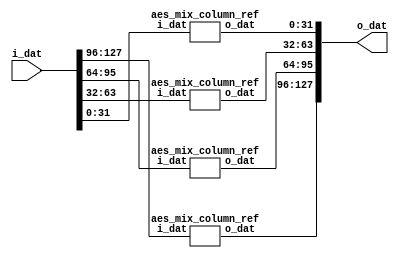

`default_nettype none

module aes_mix_columns_ref(
    input wire [127:0] i_dat,
    output wire [127:0] o_dat
    );
aes_mix_column_ref mix_column0(.i_dat(i_dat[127:96]), .o_dat(o_dat[127:96]));
aes_mix_column_ref mix_column1(.i_dat(i_dat[ 95:64]), .o_dat(o_dat[ 95:64]));
aes_mix_column_ref mix_column2(.i_dat(i_dat[ 63:32]), .o_dat(o_dat[ 63:32]));
aes_mix_column_ref mix_column3(.i_dat(i_dat[ 31: 0]), .o_dat(o_dat[ 31: 0]));
endmodule

module aes_mix_column_ref(
    input wire [31:0] i_dat,
    output reg [31:0] o_dat
    );
    
function [7:0] xtime;
    input [7:0] b; xtime={b[6:0],1'b0}^(8'h1b&{8{b[7]}});
endfunction

wire [7:0] s0 = i_dat[24+:8];
wire [7:0] s1 = i_dat[16+:8];
wire [7:0] s2 = i_dat[ 8+:8];
wire [7:0] s3 = i_dat[ 0+:8];
always @* o_dat[31:24]=xtime(s0)^xtime(s1)^s1^s2^s3;
always @* o_dat[23:16]=s0^xtime(s1)^xtime(s2)^s2^s3;
always @* o_dat[15: 8]=s0^s1^xtime(s2)^xtime(s3)^s3;
always @* o_dat[ 7: 0]=xtime(s0)^s0^s1^s2^xtime(s3);
endmodule

module aes_mix_column_quarter_ref(
    input wire [31:0] i_dat,
    output reg [7:0] o_dat
    );
    
function [7:0] xtime;
    input [7:0] b; xtime={b[6:0],1'b0}^(8'h1b&{8{b[7]}});
endfunction

wire [7:0] s0 = i_dat[24+:8];
wire [7:0] s1 = i_dat[16+:8];
wire [7:0] s2 = i_dat[ 8+:8];
wire [7:0] s3 = i_dat[ 0+:8];
always @* o_dat[ 7: 0]=xtime(s0)^s0^s1^s2^xtime(s3);
endmodule

module aes_inv_mix_columns_ref(
    input wire [127:0] i_dat,
    output wire [127:0] o_dat
    );
aes_inv_mix_column_ref mix_column0(.i_dat(i_dat[127:96]), .o_dat(o_dat[127:96]));
aes_inv_mix_column_ref mix_column1(.i_dat(i_dat[ 95:64]), .o_dat(o_dat[ 95:64]));
aes_inv_mix_column_ref mix_column2(.i_dat(i_dat[ 63:32]), .o_dat(o_dat[ 63:32]));
aes_inv_mix_column_ref mix_column3(.i_dat(i_dat[ 31: 0]), .o_dat(o_dat[ 31: 0]));
endmodule

module aes_inv_mix_column_ref(
    input wire [31:0] i_dat,
    output reg [31:0] o_dat
    );
    
function [7:0] xtime;
    input [7:0] b; xtime={b[6:0],1'b0}^(8'h1b&{8{b[7]}});
endfunction
function [7:0] xtime_4;
    input [7:0] b; xtime_4 = xtime(xtime(b));
endfunction
function [7:0] xtime_8;
    input [7:0] b; xtime_8 = xtime(xtime_4(b));
endfunction
function [7:0] xtime_9;
    input [7:0] b; xtime_9 = xtime_8(b)^b;
endfunction
function [7:0] xtime_b;
    input [7:0] b; xtime_b = xtime_9(b) ^ xtime(b);
endfunction
function [7:0] xtime_d;
    input [7:0] b; xtime_d = xtime_9(b) ^ xtime_4(b);
endfunction
function [7:0] xtime_e;//1110 -> 8+4+2
    input [7:0] b; xtime_e = xtime_8(b) ^ xtime_4(b) ^ xtime(b);
endfunction

wire [7:0] s0 = i_dat[24+:8];
wire [7:0] s1 = i_dat[16+:8];
wire [7:0] s2 = i_dat[ 8+:8];
wire [7:0] s3 = i_dat[ 0+:8];

always @* o_dat[31:24]=xtime_e(s0)^xtime_b(s1)^xtime_d(s2)^xtime_9(s3);
always @* o_dat[23:16]=xtime_9(s0)^xtime_e(s1)^xtime_b(s2)^xtime_d(s3);
always @* o_dat[15: 8]=xtime_d(s0)^xtime_9(s1)^xtime_e(s2)^xtime_b(s3);
always @* o_dat[ 7: 0]=xtime_b(s0)^xtime_d(s1)^xtime_9(s2)^xtime_e(s3);
endmodule

module aes_shift_rows_ref(
    input wire [127:0] i_dat,
    output reg [127:0] o_dat
    );    
always @* o_dat[127:96] = {i_dat[127:120], i_dat[ 87: 80], i_dat[ 47: 40], i_dat[  7: 0]};
always @* o_dat[ 95:64] = {i_dat[ 95: 88], i_dat[ 55: 48], i_dat[ 15:  8], i_dat[103:96]};
always @* o_dat[ 63:32] = {i_dat[ 63: 56], i_dat[ 23: 16], i_dat[111:104], i_dat[ 71:64]};
always @* o_dat[ 31: 0] = {i_dat[ 31: 24], i_dat[119:112], i_dat[ 79: 72], i_dat[ 39:32]};
endmodule

module aes_inv_shift_rows_ref(
    input wire [127:0] i_dat,
    output reg [127:0] o_dat
    );    
always @* o_dat[127:96] = {i_dat[127:120], i_dat[ 23: 16], i_dat[ 47: 40], i_dat[ 71:64]};
always @* o_dat[ 95:64] = {i_dat[ 95: 88], i_dat[119:112], i_dat[ 15:  8], i_dat[ 39:32]};
always @* o_dat[ 63:32] = {i_dat[ 63: 56], i_dat[ 87: 80], i_dat[111:104], i_dat[  7: 0]};
always @* o_dat[ 31: 0] = {i_dat[ 31: 24], i_dat[ 55: 48], i_dat[ 79: 72], i_dat[103:96]};
endmodule

module aes_sub_bytes_ref(
    input wire [127:0] i_dat,
    output wire [127:0] o_dat
    );
genvar i;
generate
for (i=0;i<16;i=i+1) begin : sbox_block
   aes_sbox_canright u_sbox (
      .i_dat(i_dat[i*8+7:i*8]),
      .i_decrypt(1'b0),
      .o_dat(o_dat[i*8+7:i*8])
   );
end
endgenerate
endmodule

module aes_sub_bytes_enc_dec_ref(
    input wire [127:0] i_dat,
    input wire i_decrypt,
    output wire [127:0] o_dat
    );
genvar i;
generate
for (i=0;i<16;i=i+1) begin : sbox_block
   aes_enc_dec_sbox_ref u_sbox (
      .i_dat(i_dat[i*8+7:i*8]),
      .i_decrypt(i_decrypt),
      .o_dat(o_dat[i*8+7:i*8])
   );
end
endgenerate
endmodule

module aes_enc_dec_sbox_ref(
    input wire [7:0] i_dat,
    input wire i_decrypt,
    output reg [7:0] o_dat
    );
wire [7:0] first_matrix_out,first_matrix_in,last_matrix_out_enc,last_matrix_out_dec;
wire [3:0] p,q,p2,q2,sumpq,sump2q2,inv_sump2q2,p_new,q_new,mulpq,q2B;
reg [7:0]  first_matrix_out_L;
reg [3:0]  p_new_L,q_new_L;    

wire ende = i_decrypt;//encryption
wire [7:0] en_dout;//encryption result
wire [7:0] de_dout;//decryption result
// GF(256) to GF(16) transformation
assign first_matrix_in[7:0] = ende ? INV_AFFINE(i_dat[7:0]): i_dat[7:0];
always @* first_matrix_out_L[7:0] = GF256_TO_GF16(first_matrix_in[7:0]);
       
/*****************************************************************************/
// GF16 inverse logic
/*****************************************************************************/
//                     p+q _____ 
//                              \
//  p --> p2 ___                 \
//   \          \                 x --> p_new
//    x -> p*q -- + --> inverse -/
//   /          /                \
//  q --> q2*B-/                  x --> q_new 
//   \___________________________/
//
assign p[3:0] = first_matrix_out_L[3:0];
assign q[3:0] = first_matrix_out_L[7:4];
assign p2[3:0] = SQUARE(p[3:0]);
assign q2[3:0] = SQUARE(q[3:0]);
//p+q
assign sumpq[3:0] = p[3:0] ^ q[3:0];
//p*q
assign mulpq[3:0] = MUL(p[3:0],q[3:0]);
//q2B calculation
assign q2B[0]=q2[1]^q2[2]^q2[3];
assign q2B[1]=q2[0]^q2[1];
assign q2B[2]=q2[0]^q2[1]^q2[2];
assign q2B[3]=q2[0]^q2[1]^q2[2]^q2[3];
//p2+p*q+q2B
assign sump2q2[3:0] = q2B[3:0] ^ mulpq[3:0] ^ p2[3:0];
// inverse p2+pq+q2B
assign inv_sump2q2[3:0] = INVERSE(sump2q2[3:0]);
// results
always @* p_new_L[3:0] = MUL(sumpq[3:0],inv_sump2q2[3:0]);
always @* q_new_L[3:0] = MUL(q[3:0],inv_sump2q2[3:0]);
        
// GF(16) to GF(256) transformation
assign last_matrix_out_dec[7:0] = GF16_TO_GF256(p_new_L[3:0],q_new_L[3:0]);
assign last_matrix_out_enc[7:0] = AFFINE(last_matrix_out_dec[7:0]);
assign en_dout[7:0] = last_matrix_out_enc[7:0];
assign de_dout[7:0] = last_matrix_out_dec[7:0];   

always @* o_dat = i_decrypt ? de_dout : en_dout;    
/*****************************************************************************/
// Functions
/*****************************************************************************/
 
// convert GF(256) to GF(16)
function [7:0] GF256_TO_GF16;
input [7:0] data;
reg a,b,c;
begin
	a = data[1]^data[7];
	b = data[5]^data[7];
	c = data[4]^data[6];
	GF256_TO_GF16[0] = c^data[0]^data[5];
	GF256_TO_GF16[1] = data[1]^data[2];
	GF256_TO_GF16[2] = a;
	GF256_TO_GF16[3] = data[2]^data[4];
	GF256_TO_GF16[4] = c^data[5]; 
	GF256_TO_GF16[5] = a^c;
	GF256_TO_GF16[6] = b^data[2]^data[3];
	GF256_TO_GF16[7] = b;
end
endfunction
 
// squre 
function [3:0] SQUARE;
input [3:0] data;
begin
	SQUARE[0] = data[0]^data[2];
	SQUARE[1] = data[2];
	SQUARE[2] = data[1]^data[3];
	SQUARE[3] = data[3];
end
endfunction
 
// inverse
function [3:0] INVERSE;
input [3:0] data;
reg a;
begin
	a=data[1]^data[2]^data[3]^(data[1]&data[2]&data[3]);
	INVERSE[0]=a^data[0]^(data[0]&data[2])^(data[1]&data[2])^(data[0]&data[1]&data[2]);
	INVERSE[1]=(data[0]&data[1])^(data[0]&data[2])^(data[1]&data[2])^data[3]^
		(data[1]&data[3])^(data[0]&data[1]&data[3]);
	INVERSE[2]=(data[0]&data[1])^data[2]^(data[0]&data[2])^data[3]^
		(data[0]&data[3])^(data[0]&data[2]&data[3]);
	INVERSE[3]=a^(data[0]&data[3])^(data[1]&data[3])^(data[2]&data[3]);
end
endfunction
 
// multiply
function [3:0] MUL;
input [3:0] d1,d2;
reg a,b;
begin
	a=d1[0]^d1[3];
	b=d1[2]^d1[3];
 
	MUL[0]=(d1[0]&d2[0])^(d1[3]&d2[1])^(d1[2]&d2[2])^(d1[1]&d2[3]);
	MUL[1]=(d1[1]&d2[0])^(a&d2[1])^(b&d2[2])^((d1[1]^d1[2])&d2[3]);
	MUL[2]=(d1[2]&d2[0])^(d1[1]&d2[1])^(a&d2[2])^(b&d2[3]);
	MUL[3]=(d1[3]&d2[0])^(d1[2]&d2[1])^(d1[1]&d2[2])^(a&d2[3]);
end
endfunction
 
// GF16 to GF256 transform
function [7:0] GF16_TO_GF256;
input [3:0] p,q;
reg a,b;
begin
	a=p[1]^q[3];
	b=q[0]^q[1];
 
	GF16_TO_GF256[0]=p[0]^q[0];
	GF16_TO_GF256[1]=b^q[3];
	GF16_TO_GF256[2]=a^b;
	GF16_TO_GF256[3]=b^p[1]^q[2];
	GF16_TO_GF256[4]=a^b^p[3];
	GF16_TO_GF256[5]=b^p[2];
	GF16_TO_GF256[6]=a^p[2]^p[3]^q[0];
	GF16_TO_GF256[7]=b^p[2]^q[3];
end
endfunction
 
// affine transformation
function [7:0] AFFINE;
input [7:0] data;
begin
	//affine trasformation
	AFFINE[0]=(!data[0])^data[4]^data[5]^data[6]^data[7];
	AFFINE[1]=(!data[0])^data[1]^data[5]^data[6]^data[7];
	AFFINE[2]=data[0]^data[1]^data[2]^data[6]^data[7];
	AFFINE[3]=data[0]^data[1]^data[2]^data[3]^data[7];
	AFFINE[4]=data[0]^data[1]^data[2]^data[3]^data[4];
	AFFINE[5]=(!data[1])^data[2]^data[3]^data[4]^data[5];
	AFFINE[6]=(!data[2])^data[3]^data[4]^data[5]^data[6];
	AFFINE[7]=data[3]^data[4]^data[5]^data[6]^data[7];
end
endfunction
 
// inverse affine transformation
function [7:0] INV_AFFINE;
input [7:0] data;
reg a,b,c,d;
begin
	a=data[0]^data[5];
	b=data[1]^data[4];
	c=data[2]^data[7];
	d=data[3]^data[6];
	INV_AFFINE[0]=(!data[5])^c;
	INV_AFFINE[1]=data[0]^d;
	INV_AFFINE[2]=(!data[7])^b;
	INV_AFFINE[3]=data[2]^a;
	INV_AFFINE[4]=data[1]^d;
	INV_AFFINE[5]=data[4]^c;
	INV_AFFINE[6]=data[3]^a;
	INV_AFFINE[7]=data[6]^b;
end
endfunction
endmodule    
`default_nettype wire 

`default_nettype wire
/* S-box using all normal bases */
/* case # 4 : [d^16, d], [alpha^8, alpha^2], [Omega^2, Omega] */
/* beta^8 = N^2*alpha^2, N = w^2 */
/* optimized using OR gates and NAND gates */
/* square in GF(2^2), using normal basis [Omega^2,Omega] */
/* inverse is the same as square in GF(2^2), using any normal basis */
module GF_SQ_2 ( A, Q );
input [1:0] A;
output [1:0] Q;
assign Q = { A[0], A[1] };
endmodule
/* scale by w = Omega in GF(2^2), using normal basis [Omega^2,Omega] */
module GF_SCLW_2 ( A, Q );
input [1:0] A;
output [1:0] Q;
assign Q = { (A[1] ^ A[0]), A[1] };
endmodule
/* scale by w^2 = Omega^2 in GF(2^2), using normal basis [Omega^2,Omega] */
module GF_SCLW2_2 ( A, Q );
input [1:0] A;
output [1:0] Q;
assign Q = { A[0], (A[1] ^ A[0]) };
endmodule
/* multiply in GF(2^2), shared factors, using normal basis [Omega^2,Omega] */
module GF_MULS_2 ( A, ab, B, cd, Q );
input [1:0] A;
input ab;
input [1:0] B;
input cd;
output [1:0] Q;
wire abcd, p, q;
assign abcd = ~(ab & cd); /* note: ~& syntax for NAND won?t compile */
assign p = (~(A[1] & B[1])) ^ abcd;
assign q = (~(A[0] & B[0])) ^ abcd;
assign Q = { p, q };
endmodule
/* multiply & scale by N in GF(2^2), shared factors, basis [Omega^2,Omega] */
module GF_MULS_SCL_2 ( A, ab, B, cd, Q );
input [1:0] A;
input ab;
input [1:0] B;
input cd;
output [1:0] Q;
wire t, p, q;
assign t = ~(A[0] & B[0]); /* note: ~& syntax for NAND won?t compile */
assign p = (~(ab & cd)) ^ t;
assign q = (~(A[1] & B[1])) ^ t;
assign Q = { p, q };
endmodule
/* inverse in GF(2^4)/GF(2^2), using normal basis [alpha^8, alpha^2] */
module GF_INV_4 ( A, Q );
input [3:0] A;
output [3:0] Q;
wire [1:0] a, b, c, d, p, q;
wire sa, sb, sd; /* for shared factors in multipliers */
assign a = A[3:2];
assign b = A[1:0];
assign sa = a[1] ^ a[0];
assign sb = b[1] ^ b[0];
/* optimize this section as shown below
GF_MULS_2 abmul(a, sa, b, sb, ab);
GF_SQ_2 absq( (a ^ b), ab2);
GF_SCLW2_2 absclN( ab2, ab2N);
GF_SQ_2 dinv( (ab ^ ab2N), d);
*/
assign c = { /* note: ~| syntax for NOR won?t compile */
~(a[1] | b[1]) ^ (~(sa & sb)) ,
~(sa | sb) ^ (~(a[0] & b[0])) };
GF_SQ_2 dinv( c, d);
/* end of optimization */
assign sd = d[1] ^ d[0];
GF_MULS_2 pmul(d, sd, b, sb, p);
GF_MULS_2 qmul(d, sd, a, sa, q);
assign Q = { p, q };
endmodule
/* square & scale by nu in GF(2^4)/GF(2^2), normal basis [alpha^8, alpha^2] */
/* nu = beta^8 = N^2*alpha^2, N = w^2 */
module GF_SQ_SCL_4 ( A, Q );
input [3:0] A;
output [3:0] Q;
wire [1:0] a, b, ab2, b2, b2N2;
assign a = A[3:2];
assign b = A[1:0];
GF_SQ_2 absq(a ^ b,ab2);
GF_SQ_2 bsq(b,b2);
GF_SCLW_2 bmulN2(b2,b2N2);
assign Q = { ab2, b2N2 };
endmodule
/* multiply in GF(2^4)/GF(2^2), shared factors, basis [alpha^8, alpha^2] */
module GF_MULS_4 ( A, a, Al, Ah, aa, B, b, Bl, Bh, bb, Q );
input [3:0] A;
input [1:0] a;
input Al;
input Ah;
input aa;
input [3:0] B;
input [1:0] b;
input Bl;
input Bh;
input bb;
output [3:0] Q;
wire [1:0] ph, pl, ps, p;
wire t;
GF_MULS_2 himul(A[3:2], Ah, B[3:2], Bh, ph);
GF_MULS_2 lomul(A[1:0], Al, B[1:0], Bl, pl);
GF_MULS_SCL_2 summul( a, aa, b, bb, p);
assign Q = { (ph ^ p), (pl ^ p) };
endmodule
/* inverse in GF(2^8)/GF(2^4), using normal basis [d^16, d] */
module GF_INV_8 ( A, Q );
input [7:0] A;
output [7:0] Q;
wire [3:0] a, b, c, d, p, q;
wire [1:0] sa, sb, sd, t; /* for shared factors in multipliers */
wire al, ah, aa, bl, bh, bb, dl, dh, dd; /* for shared factors */
wire c1, c2, c3; /* for temp var */
assign a = A[7:4];
assign b = A[3:0];
assign sa = a[3:2] ^ a[1:0];
assign sb = b[3:2] ^ b[1:0];
assign al = a[1] ^ a[0];
assign ah = a[3] ^ a[2];
assign aa = sa[1] ^ sa[0];
assign bl = b[1] ^ b[0];
assign bh = b[3] ^ b[2];
assign bb = sb[1] ^ sb[0];
/* optimize this section as shown below
GF_MULS_4 abmul(a, sa, al, ah, aa, b, sb, bl, bh, bb, ab);
GF_SQ_SCL_4 absq( (a ^ b), ab2);
GF_INV_4 dinv( (ab ^ ab2), d);
*/
assign c1 = ~(ah & bh);
assign c2 = ~(sa[0] & sb[0]);
assign c3 = ~(aa & bb);
assign c = { /* note: ~| syntax for NOR won?t compile */
(~(sa[0] | sb[0]) ^ (~(a[3] & b[3]))) ^ c1 ^ c3 ,
(~(sa[1] | sb[1]) ^ (~(a[2] & b[2]))) ^ c1 ^ c2 ,
(~(al | bl) ^ (~(a[1] & b[1]))) ^ c2 ^ c3 ,
(~(a[0] | b[0]) ^ (~(al & bl))) ^ (~(sa[1] & sb[1])) ^ c2 };
GF_INV_4 dinv( c, d);
/* end of optimization */
assign sd = d[3:2] ^ d[1:0];
assign dl = d[1] ^ d[0];
assign dh = d[3] ^ d[2];
assign dd = sd[1] ^ sd[0];
GF_MULS_4 pmul(d, sd, dl, dh, dd, b, sb, bl, bh, bb, p);
GF_MULS_4 qmul(d, sd, dl, dh, dd, a, sa, al, ah, aa, q);
assign Q = { p, q };
endmodule
/* inverse in GF(2^8)/GF(2^4), using normal basis [d^16, d] */
module GF_INV_8_l1 (
	input wire i_clk, 
	input wire [7:0] A,
	output wire [7:0] Q
	);
wire [3:0] a, b, c, d;
wire [1:0] sa, sb; /* for shared factors in multipliers */
wire al, ah, aa, bl, bh, bb; /* for shared factors */
wire c1, c2, c3; /* for temp var */
assign a = A[7:4];
assign b = A[3:0];
assign sa = a[3:2] ^ a[1:0];
assign sb = b[3:2] ^ b[1:0];
assign al = a[1] ^ a[0];
assign ah = a[3] ^ a[2];
assign aa = sa[1] ^ sa[0];
assign bl = b[1] ^ b[0];
assign bh = b[3] ^ b[2];
assign bb = sb[1] ^ sb[0];
/* optimize this section as shown below
GF_MULS_4 abmul(a, sa, al, ah, aa, b, sb, bl, bh, bb, ab);
GF_SQ_SCL_4 absq( (a ^ b), ab2);
GF_INV_4 dinv( (ab ^ ab2), d);
*/
assign c1 = ~(ah & bh);
assign c2 = ~(sa[0] & sb[0]);
assign c3 = ~(aa & bb);
assign c = { /* note: ~| syntax for NOR won?t compile */
(~(sa[0] | sb[0]) ^ (~(a[3] & b[3]))) ^ c1 ^ c3 ,
(~(sa[1] | sb[1]) ^ (~(a[2] & b[2]))) ^ c1 ^ c2 ,
(~(al | bl) ^ (~(a[1] & b[1]))) ^ c2 ^ c3 ,
(~(a[0] | b[0]) ^ (~(al & bl))) ^ (~(sa[1] & sb[1])) ^ c2 };
GF_INV_4 dinv( c, d);
reg [3:0] a_l1, b_l1, d_l1;
reg [1:0] sa_l1, sb_l1;
reg al_l1,ah_l1, aa_l1, bl_l1, bh_l1, bb_l1;
always @(posedge i_clk) {a_l1, b_l1, d_l1, sa_l1, sb_l1, al_l1,ah_l1, aa_l1, bl_l1, bh_l1, bb_l1} <= {a, b, d, sa, sb, al,ah, aa, bl, bh, bb};
/* end of optimization */
wire [1:0] sd_l1 = d_l1[3:2] ^ d_l1[1:0];
assign dl_l1 = d_l1[1] ^ d_l1[0];
assign dh_l1 = d_l1[3] ^ d_l1[2];
assign dd_l1 = sd_l1[1] ^ sd_l1[0];
wire [3:0] p_l1,q_l1;
GF_MULS_4 pmul(d_l1, sd_l1, dl_l1, dh_l1, dd_l1, b_l1, sb_l1, bl_l1, bh_l1, bb_l1, p_l1);
GF_MULS_4 qmul(d_l1, sd_l1, dl_l1, dh_l1, dd_l1, a_l1, sa_l1, al_l1, ah_l1, aa_l1, q_l1);
assign Q = { p_l1, q_l1 };
endmodule
/* MUX21I is an inverting 2:1 multiplexor */
module MUX21I ( A, B, s, Q );
input A;
input B;
input s;
output Q;
assign Q = ~ ( s ? A : B ); /* mock-up for FPGA implementation */
endmodule
/* select and invert (NOT) byte, using MUX21I */
module SELECT_NOT_8 ( A, B, s, Q );
input [7:0] A;
input [7:0] B;
input s;
output [7:0] Q;
MUX21I m7(A[7],B[7],s,Q[7]);
MUX21I m6(A[6],B[6],s,Q[6]);
MUX21I m5(A[5],B[5],s,Q[5]);
MUX21I m4(A[4],B[4],s,Q[4]);
MUX21I m3(A[3],B[3],s,Q[3]);
MUX21I m2(A[2],B[2],s,Q[2]);
MUX21I m1(A[1],B[1],s,Q[1]);
MUX21I m0(A[0],B[0],s,Q[0]);
endmodule
/* find either Sbox or its inverse in GF(2^8), by Canright Algorithm */
module aes_sbox_canright (
    input wire [7:0] i_dat,
    input wire i_decrypt,
    output wire [7:0] o_dat
    );
wire [7:0] A = i_dat;
wire encrypt = ~i_decrypt; /* 1 for Sbox, 0 for inverse Sbox */
wire [7:0] Q;
assign o_dat = Q;
wire [7:0] B, C, D, X, Y, Z;
wire R1, R2, R3, R4, R5, R6, R7, R8, R9;
wire T1, T2, T3, T4, T5, T6, T7, T8, T9, T10;
/* change basis from GF(2^8) to GF(2^8)/GF(2^4)/GF(2^2) */
/* combine with bit inverse matrix multiply of Sbox */
assign R1 = A[7] ^ A[5] ;
assign R2 = A[7] ~^ A[4] ;
assign R3 = A[6] ^ A[0] ;
assign R4 = A[5] ~^ R3 ;
assign R5 = A[4] ^ R4 ;
assign R6 = A[3] ^ A[0] ;
assign R7 = A[2] ^ R1 ;
assign R8 = A[1] ^ R3 ;
assign R9 = A[3] ^ R8 ;
assign B[7] = R7 ~^ R8 ;
assign B[6] = R5 ;
assign B[5] = A[1] ^ R4 ;
assign B[4] = R1 ~^ R3 ;
assign B[3] = A[1] ^ R2 ^ R6 ;
assign B[2] = ~ A[0] ;
assign B[1] = R4 ;
assign B[0] = A[2] ~^ R9 ;
assign Y[7] = R2 ;
assign Y[6] = A[4] ^ R8 ;
assign Y[5] = A[6] ^ A[4] ;
assign Y[4] = R9 ;
assign Y[3] = A[6] ~^ R2 ;
assign Y[2] = R7 ;
assign Y[1] = A[4] ^ R6 ;
assign Y[0] = A[1] ^ R5 ;
SELECT_NOT_8 sel_in( B, Y, encrypt, Z );
GF_INV_8 inv( Z, C );
/* change basis back from GF(2^8)/GF(2^4)/GF(2^2) to GF(2^8) */
assign T1 = C[7] ^ C[3] ;
assign T2 = C[6] ^ C[4] ;
assign T3 = C[6] ^ C[0] ;
assign T4 = C[5] ~^ C[3] ;
assign T5 = C[5] ~^ T1 ;
assign T6 = C[5] ~^ C[1] ;
assign T7 = C[4] ~^ T6 ;
assign T8 = C[2] ^ T4 ;
assign T9 = C[1] ^ T2 ;
assign T10 = T3 ^ T5 ;
assign D[7] = T4 ;
assign D[6] = T1 ;
assign D[5] = T3 ;
assign D[4] = T5 ;
assign D[3] = T2 ^ T5 ;
assign D[2] = T3 ^ T8 ;
assign D[1] = T7 ;
assign D[0] = T9 ;
assign X[7] = C[4] ~^ C[1] ;
assign X[6] = C[1] ^ T10 ;
assign X[5] = C[2] ^ T10 ;
assign X[4] = C[6] ~^ C[1] ;
assign X[3] = T8 ^ T9 ;
assign X[2] = C[7] ~^ T7 ;
assign X[1] = T6 ;
assign X[0] = ~ C[2] ;
SELECT_NOT_8 sel_out( D, X, encrypt, Q );
endmodule

module aes_sbox_canright_l1 (
	input wire i_clk,
	input wire i_valid,
    input wire [7:0] i_dat,
    input wire i_decrypt,
    output wire [7:0] o_dat,
	output reg o_valid
    );
wire [7:0] A = i_dat;
wire encrypt = ~i_decrypt; /* 1 for Sbox, 0 for inverse Sbox */
wire [7:0] Q;
assign o_dat = Q;
wire [7:0] B, C, D, X, Y, Z;
wire R1, R2, R3, R4, R5, R6, R7, R8, R9;
wire T1, T2, T3, T4, T5, T6, T7, T8, T9, T10;
/* change basis from GF(2^8) to GF(2^8)/GF(2^4)/GF(2^2) */
/* combine with bit inverse matrix multiply of Sbox */
assign R1 = A[7] ^ A[5] ;
assign R2 = A[7] ~^ A[4] ;
assign R3 = A[6] ^ A[0] ;
assign R4 = A[5] ~^ R3 ;
assign R5 = A[4] ^ R4 ;
assign R6 = A[3] ^ A[0] ;
assign R7 = A[2] ^ R1 ;
assign R8 = A[1] ^ R3 ;
assign R9 = A[3] ^ R8 ;
assign B[7] = R7 ~^ R8 ;
assign B[6] = R5 ;
assign B[5] = A[1] ^ R4 ;
assign B[4] = R1 ~^ R3 ;
assign B[3] = A[1] ^ R2 ^ R6 ;
assign B[2] = ~ A[0] ;
assign B[1] = R4 ;
assign B[0] = A[2] ~^ R9 ;
assign Y[7] = R2 ;
assign Y[6] = A[4] ^ R8 ;
assign Y[5] = A[6] ^ A[4] ;
assign Y[4] = R9 ;
assign Y[3] = A[6] ~^ R2 ;
assign Y[2] = R7 ;
assign Y[1] = A[4] ^ R6 ;
assign Y[0] = A[1] ^ R5 ;
SELECT_NOT_8 sel_in( B, Y, encrypt, Z );
always @(posedge i_clk) o_valid <= i_valid;
reg encrypt_l1;
always @(posedge i_clk) encrypt_l1 <= encrypt;
//reg [7:0] Z_l1;
//always @(posedge i_clk) Z_l1 <= Z;
//GF_INV_8 inv( Z_l1, C );
GF_INV_8_l1 inv( i_clk, Z, C );
/* change basis back from GF(2^8)/GF(2^4)/GF(2^2) to GF(2^8) */
assign T1 = C[7] ^ C[3] ;
assign T2 = C[6] ^ C[4] ;
assign T3 = C[6] ^ C[0] ;
assign T4 = C[5] ~^ C[3] ;
assign T5 = C[5] ~^ T1 ;
assign T6 = C[5] ~^ C[1] ;
assign T7 = C[4] ~^ T6 ;
assign T8 = C[2] ^ T4 ;
assign T9 = C[1] ^ T2 ;
assign T10 = T3 ^ T5 ;
assign D[7] = T4 ;
assign D[6] = T1 ;
assign D[5] = T3 ;
assign D[4] = T5 ;
assign D[3] = T2 ^ T5 ;
assign D[2] = T3 ^ T8 ;
assign D[1] = T7 ;
assign D[0] = T9 ;
assign X[7] = C[4] ~^ C[1] ;
assign X[6] = C[1] ^ T10 ;
assign X[5] = C[2] ^ T10 ;
assign X[4] = C[6] ~^ C[1] ;
assign X[3] = T8 ^ T9 ;
assign X[2] = C[7] ~^ T7 ;
assign X[1] = T6 ;
assign X[0] = ~ C[2] ;
SELECT_NOT_8 sel_out( D, X, encrypt_l1, Q );
endmodule

module aes_sbox_lut(
input	wire [7:0]	i_dat,
output	reg [7:0]	o_dat
);
always @(i_dat)
	case(i_dat)		// synopsys full_case parallel_case
	   8'h00: o_dat=8'h63;
	   8'h01: o_dat=8'h7c;
	   8'h02: o_dat=8'h77;
	   8'h03: o_dat=8'h7b;
	   8'h04: o_dat=8'hf2;
	   8'h05: o_dat=8'h6b;
	   8'h06: o_dat=8'h6f;
	   8'h07: o_dat=8'hc5;
	   8'h08: o_dat=8'h30;
	   8'h09: o_dat=8'h01;
	   8'h0a: o_dat=8'h67;
	   8'h0b: o_dat=8'h2b;
	   8'h0c: o_dat=8'hfe;
	   8'h0d: o_dat=8'hd7;
	   8'h0e: o_dat=8'hab;
	   8'h0f: o_dat=8'h76;
	   8'h10: o_dat=8'hca;
	   8'h11: o_dat=8'h82;
	   8'h12: o_dat=8'hc9;
	   8'h13: o_dat=8'h7d;
	   8'h14: o_dat=8'hfa;
	   8'h15: o_dat=8'h59;
	   8'h16: o_dat=8'h47;
	   8'h17: o_dat=8'hf0;
	   8'h18: o_dat=8'had;
	   8'h19: o_dat=8'hd4;
	   8'h1a: o_dat=8'ha2;
	   8'h1b: o_dat=8'haf;
	   8'h1c: o_dat=8'h9c;
	   8'h1d: o_dat=8'ha4;
	   8'h1e: o_dat=8'h72;
	   8'h1f: o_dat=8'hc0;
	   8'h20: o_dat=8'hb7;
	   8'h21: o_dat=8'hfd;
	   8'h22: o_dat=8'h93;
	   8'h23: o_dat=8'h26;
	   8'h24: o_dat=8'h36;
	   8'h25: o_dat=8'h3f;
	   8'h26: o_dat=8'hf7;
	   8'h27: o_dat=8'hcc;
	   8'h28: o_dat=8'h34;
	   8'h29: o_dat=8'ha5;
	   8'h2a: o_dat=8'he5;
	   8'h2b: o_dat=8'hf1;
	   8'h2c: o_dat=8'h71;
	   8'h2d: o_dat=8'hd8;
	   8'h2e: o_dat=8'h31;
	   8'h2f: o_dat=8'h15;
	   8'h30: o_dat=8'h04;
	   8'h31: o_dat=8'hc7;
	   8'h32: o_dat=8'h23;
	   8'h33: o_dat=8'hc3;
	   8'h34: o_dat=8'h18;
	   8'h35: o_dat=8'h96;
	   8'h36: o_dat=8'h05;
	   8'h37: o_dat=8'h9a;
	   8'h38: o_dat=8'h07;
	   8'h39: o_dat=8'h12;
	   8'h3a: o_dat=8'h80;
	   8'h3b: o_dat=8'he2;
	   8'h3c: o_dat=8'heb;
	   8'h3d: o_dat=8'h27;
	   8'h3e: o_dat=8'hb2;
	   8'h3f: o_dat=8'h75;
	   8'h40: o_dat=8'h09;
	   8'h41: o_dat=8'h83;
	   8'h42: o_dat=8'h2c;
	   8'h43: o_dat=8'h1a;
	   8'h44: o_dat=8'h1b;
	   8'h45: o_dat=8'h6e;
	   8'h46: o_dat=8'h5a;
	   8'h47: o_dat=8'ha0;
	   8'h48: o_dat=8'h52;
	   8'h49: o_dat=8'h3b;
	   8'h4a: o_dat=8'hd6;
	   8'h4b: o_dat=8'hb3;
	   8'h4c: o_dat=8'h29;
	   8'h4d: o_dat=8'he3;
	   8'h4e: o_dat=8'h2f;
	   8'h4f: o_dat=8'h84;
	   8'h50: o_dat=8'h53;
	   8'h51: o_dat=8'hd1;
	   8'h52: o_dat=8'h00;
	   8'h53: o_dat=8'hed;
	   8'h54: o_dat=8'h20;
	   8'h55: o_dat=8'hfc;
	   8'h56: o_dat=8'hb1;
	   8'h57: o_dat=8'h5b;
	   8'h58: o_dat=8'h6a;
	   8'h59: o_dat=8'hcb;
	   8'h5a: o_dat=8'hbe;
	   8'h5b: o_dat=8'h39;
	   8'h5c: o_dat=8'h4a;
	   8'h5d: o_dat=8'h4c;
	   8'h5e: o_dat=8'h58;
	   8'h5f: o_dat=8'hcf;
	   8'h60: o_dat=8'hd0;
	   8'h61: o_dat=8'hef;
	   8'h62: o_dat=8'haa;
	   8'h63: o_dat=8'hfb;
	   8'h64: o_dat=8'h43;
	   8'h65: o_dat=8'h4d;
	   8'h66: o_dat=8'h33;
	   8'h67: o_dat=8'h85;
	   8'h68: o_dat=8'h45;
	   8'h69: o_dat=8'hf9;
	   8'h6a: o_dat=8'h02;
	   8'h6b: o_dat=8'h7f;
	   8'h6c: o_dat=8'h50;
	   8'h6d: o_dat=8'h3c;
	   8'h6e: o_dat=8'h9f;
	   8'h6f: o_dat=8'ha8;
	   8'h70: o_dat=8'h51;
	   8'h71: o_dat=8'ha3;
	   8'h72: o_dat=8'h40;
	   8'h73: o_dat=8'h8f;
	   8'h74: o_dat=8'h92;
	   8'h75: o_dat=8'h9d;
	   8'h76: o_dat=8'h38;
	   8'h77: o_dat=8'hf5;
	   8'h78: o_dat=8'hbc;
	   8'h79: o_dat=8'hb6;
	   8'h7a: o_dat=8'hda;
	   8'h7b: o_dat=8'h21;
	   8'h7c: o_dat=8'h10;
	   8'h7d: o_dat=8'hff;
	   8'h7e: o_dat=8'hf3;
	   8'h7f: o_dat=8'hd2;
	   8'h80: o_dat=8'hcd;
	   8'h81: o_dat=8'h0c;
	   8'h82: o_dat=8'h13;
	   8'h83: o_dat=8'hec;
	   8'h84: o_dat=8'h5f;
	   8'h85: o_dat=8'h97;
	   8'h86: o_dat=8'h44;
	   8'h87: o_dat=8'h17;
	   8'h88: o_dat=8'hc4;
	   8'h89: o_dat=8'ha7;
	   8'h8a: o_dat=8'h7e;
	   8'h8b: o_dat=8'h3d;
	   8'h8c: o_dat=8'h64;
	   8'h8d: o_dat=8'h5d;
	   8'h8e: o_dat=8'h19;
	   8'h8f: o_dat=8'h73;
	   8'h90: o_dat=8'h60;
	   8'h91: o_dat=8'h81;
	   8'h92: o_dat=8'h4f;
	   8'h93: o_dat=8'hdc;
	   8'h94: o_dat=8'h22;
	   8'h95: o_dat=8'h2a;
	   8'h96: o_dat=8'h90;
	   8'h97: o_dat=8'h88;
	   8'h98: o_dat=8'h46;
	   8'h99: o_dat=8'hee;
	   8'h9a: o_dat=8'hb8;
	   8'h9b: o_dat=8'h14;
	   8'h9c: o_dat=8'hde;
	   8'h9d: o_dat=8'h5e;
	   8'h9e: o_dat=8'h0b;
	   8'h9f: o_dat=8'hdb;
	   8'ha0: o_dat=8'he0;
	   8'ha1: o_dat=8'h32;
	   8'ha2: o_dat=8'h3a;
	   8'ha3: o_dat=8'h0a;
	   8'ha4: o_dat=8'h49;
	   8'ha5: o_dat=8'h06;
	   8'ha6: o_dat=8'h24;
	   8'ha7: o_dat=8'h5c;
	   8'ha8: o_dat=8'hc2;
	   8'ha9: o_dat=8'hd3;
	   8'haa: o_dat=8'hac;
	   8'hab: o_dat=8'h62;
	   8'hac: o_dat=8'h91;
	   8'had: o_dat=8'h95;
	   8'hae: o_dat=8'he4;
	   8'haf: o_dat=8'h79;
	   8'hb0: o_dat=8'he7;
	   8'hb1: o_dat=8'hc8;
	   8'hb2: o_dat=8'h37;
	   8'hb3: o_dat=8'h6d;
	   8'hb4: o_dat=8'h8d;
	   8'hb5: o_dat=8'hd5;
	   8'hb6: o_dat=8'h4e;
	   8'hb7: o_dat=8'ha9;
	   8'hb8: o_dat=8'h6c;
	   8'hb9: o_dat=8'h56;
	   8'hba: o_dat=8'hf4;
	   8'hbb: o_dat=8'hea;
	   8'hbc: o_dat=8'h65;
	   8'hbd: o_dat=8'h7a;
	   8'hbe: o_dat=8'hae;
	   8'hbf: o_dat=8'h08;
	   8'hc0: o_dat=8'hba;
	   8'hc1: o_dat=8'h78;
	   8'hc2: o_dat=8'h25;
	   8'hc3: o_dat=8'h2e;
	   8'hc4: o_dat=8'h1c;
	   8'hc5: o_dat=8'ha6;
	   8'hc6: o_dat=8'hb4;
	   8'hc7: o_dat=8'hc6;
	   8'hc8: o_dat=8'he8;
	   8'hc9: o_dat=8'hdd;
	   8'hca: o_dat=8'h74;
	   8'hcb: o_dat=8'h1f;
	   8'hcc: o_dat=8'h4b;
	   8'hcd: o_dat=8'hbd;
	   8'hce: o_dat=8'h8b;
	   8'hcf: o_dat=8'h8a;
	   8'hd0: o_dat=8'h70;
	   8'hd1: o_dat=8'h3e;
	   8'hd2: o_dat=8'hb5;
	   8'hd3: o_dat=8'h66;
	   8'hd4: o_dat=8'h48;
	   8'hd5: o_dat=8'h03;
	   8'hd6: o_dat=8'hf6;
	   8'hd7: o_dat=8'h0e;
	   8'hd8: o_dat=8'h61;
	   8'hd9: o_dat=8'h35;
	   8'hda: o_dat=8'h57;
	   8'hdb: o_dat=8'hb9;
	   8'hdc: o_dat=8'h86;
	   8'hdd: o_dat=8'hc1;
	   8'hde: o_dat=8'h1d;
	   8'hdf: o_dat=8'h9e;
	   8'he0: o_dat=8'he1;
	   8'he1: o_dat=8'hf8;
	   8'he2: o_dat=8'h98;
	   8'he3: o_dat=8'h11;
	   8'he4: o_dat=8'h69;
	   8'he5: o_dat=8'hd9;
	   8'he6: o_dat=8'h8e;
	   8'he7: o_dat=8'h94;
	   8'he8: o_dat=8'h9b;
	   8'he9: o_dat=8'h1e;
	   8'hea: o_dat=8'h87;
	   8'heb: o_dat=8'he9;
	   8'hec: o_dat=8'hce;
	   8'hed: o_dat=8'h55;
	   8'hee: o_dat=8'h28;
	   8'hef: o_dat=8'hdf;
	   8'hf0: o_dat=8'h8c;
	   8'hf1: o_dat=8'ha1;
	   8'hf2: o_dat=8'h89;
	   8'hf3: o_dat=8'h0d;
	   8'hf4: o_dat=8'hbf;
	   8'hf5: o_dat=8'he6;
	   8'hf6: o_dat=8'h42;
	   8'hf7: o_dat=8'h68;
	   8'hf8: o_dat=8'h41;
	   8'hf9: o_dat=8'h99;
	   8'hfa: o_dat=8'h2d;
	   8'hfb: o_dat=8'h0f;
	   8'hfc: o_dat=8'hb0;
	   8'hfd: o_dat=8'h54;
	   8'hfe: o_dat=8'hbb;
	   8'hff: o_dat=8'h16;
	endcase
endmodule
module aes_sbox_lut_l1 (
	input wire i_clk,
	input wire i_valid,
    input wire [7:0] i_dat,
    output reg [7:0] o_dat,
	output reg o_valid
    );
wire [7:0] sbox_out;
aes_sbox_lut u_aes_sbox_lut(.i_dat(i_dat), .o_dat(sbox_out));
always @(posedge i_clk) begin
	o_dat <= sbox_out;
	o_valid <= i_valid;
end	
endmodule
`default_nettype wire